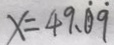
x = 4 9 . \dot { 0 } \dot { 9 }